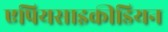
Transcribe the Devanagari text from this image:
एपियसाइकीडियन